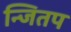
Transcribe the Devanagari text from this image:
न्जितप